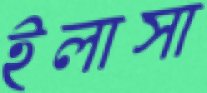
ইলাসা